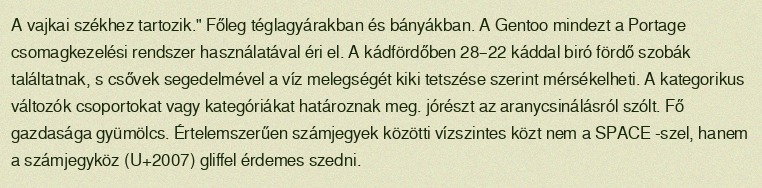
A vajkai székhez tartozik." Főleg téglagyárakban és bányákban. A Gentoo mindezt a Portage csomagkezelési rendszer használatával éri el. A kádfördőben 28–22 káddal biró fördő szobák találtatnak, s csővek segedelmével a víz melegségét kiki tetszése szerint mérsékelheti. A kategorikus változók csoportokat vagy kategóriákat határoznak meg. jórészt az aranycsinálásról szólt. Fő gazdasága gyümölcs. Értelemszerűen számjegyek közötti vízszintes közt nem a SPACE -szel, hanem a számjegyköz (U+2007) gliffel érdemes szedni.